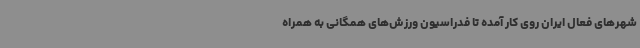
شهرهای فعال ایران روی کار آمده تا فدراسیون ورزش‌های همگانی به همراه